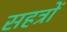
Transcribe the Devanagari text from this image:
सहत्रों